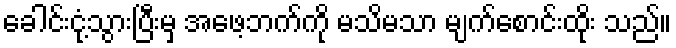
ခေါင်းငုံ့သွားပြီးမှ အဖေ့ဘက်ကို မသိမသာ မျက်စောင်းထိုး သည်။